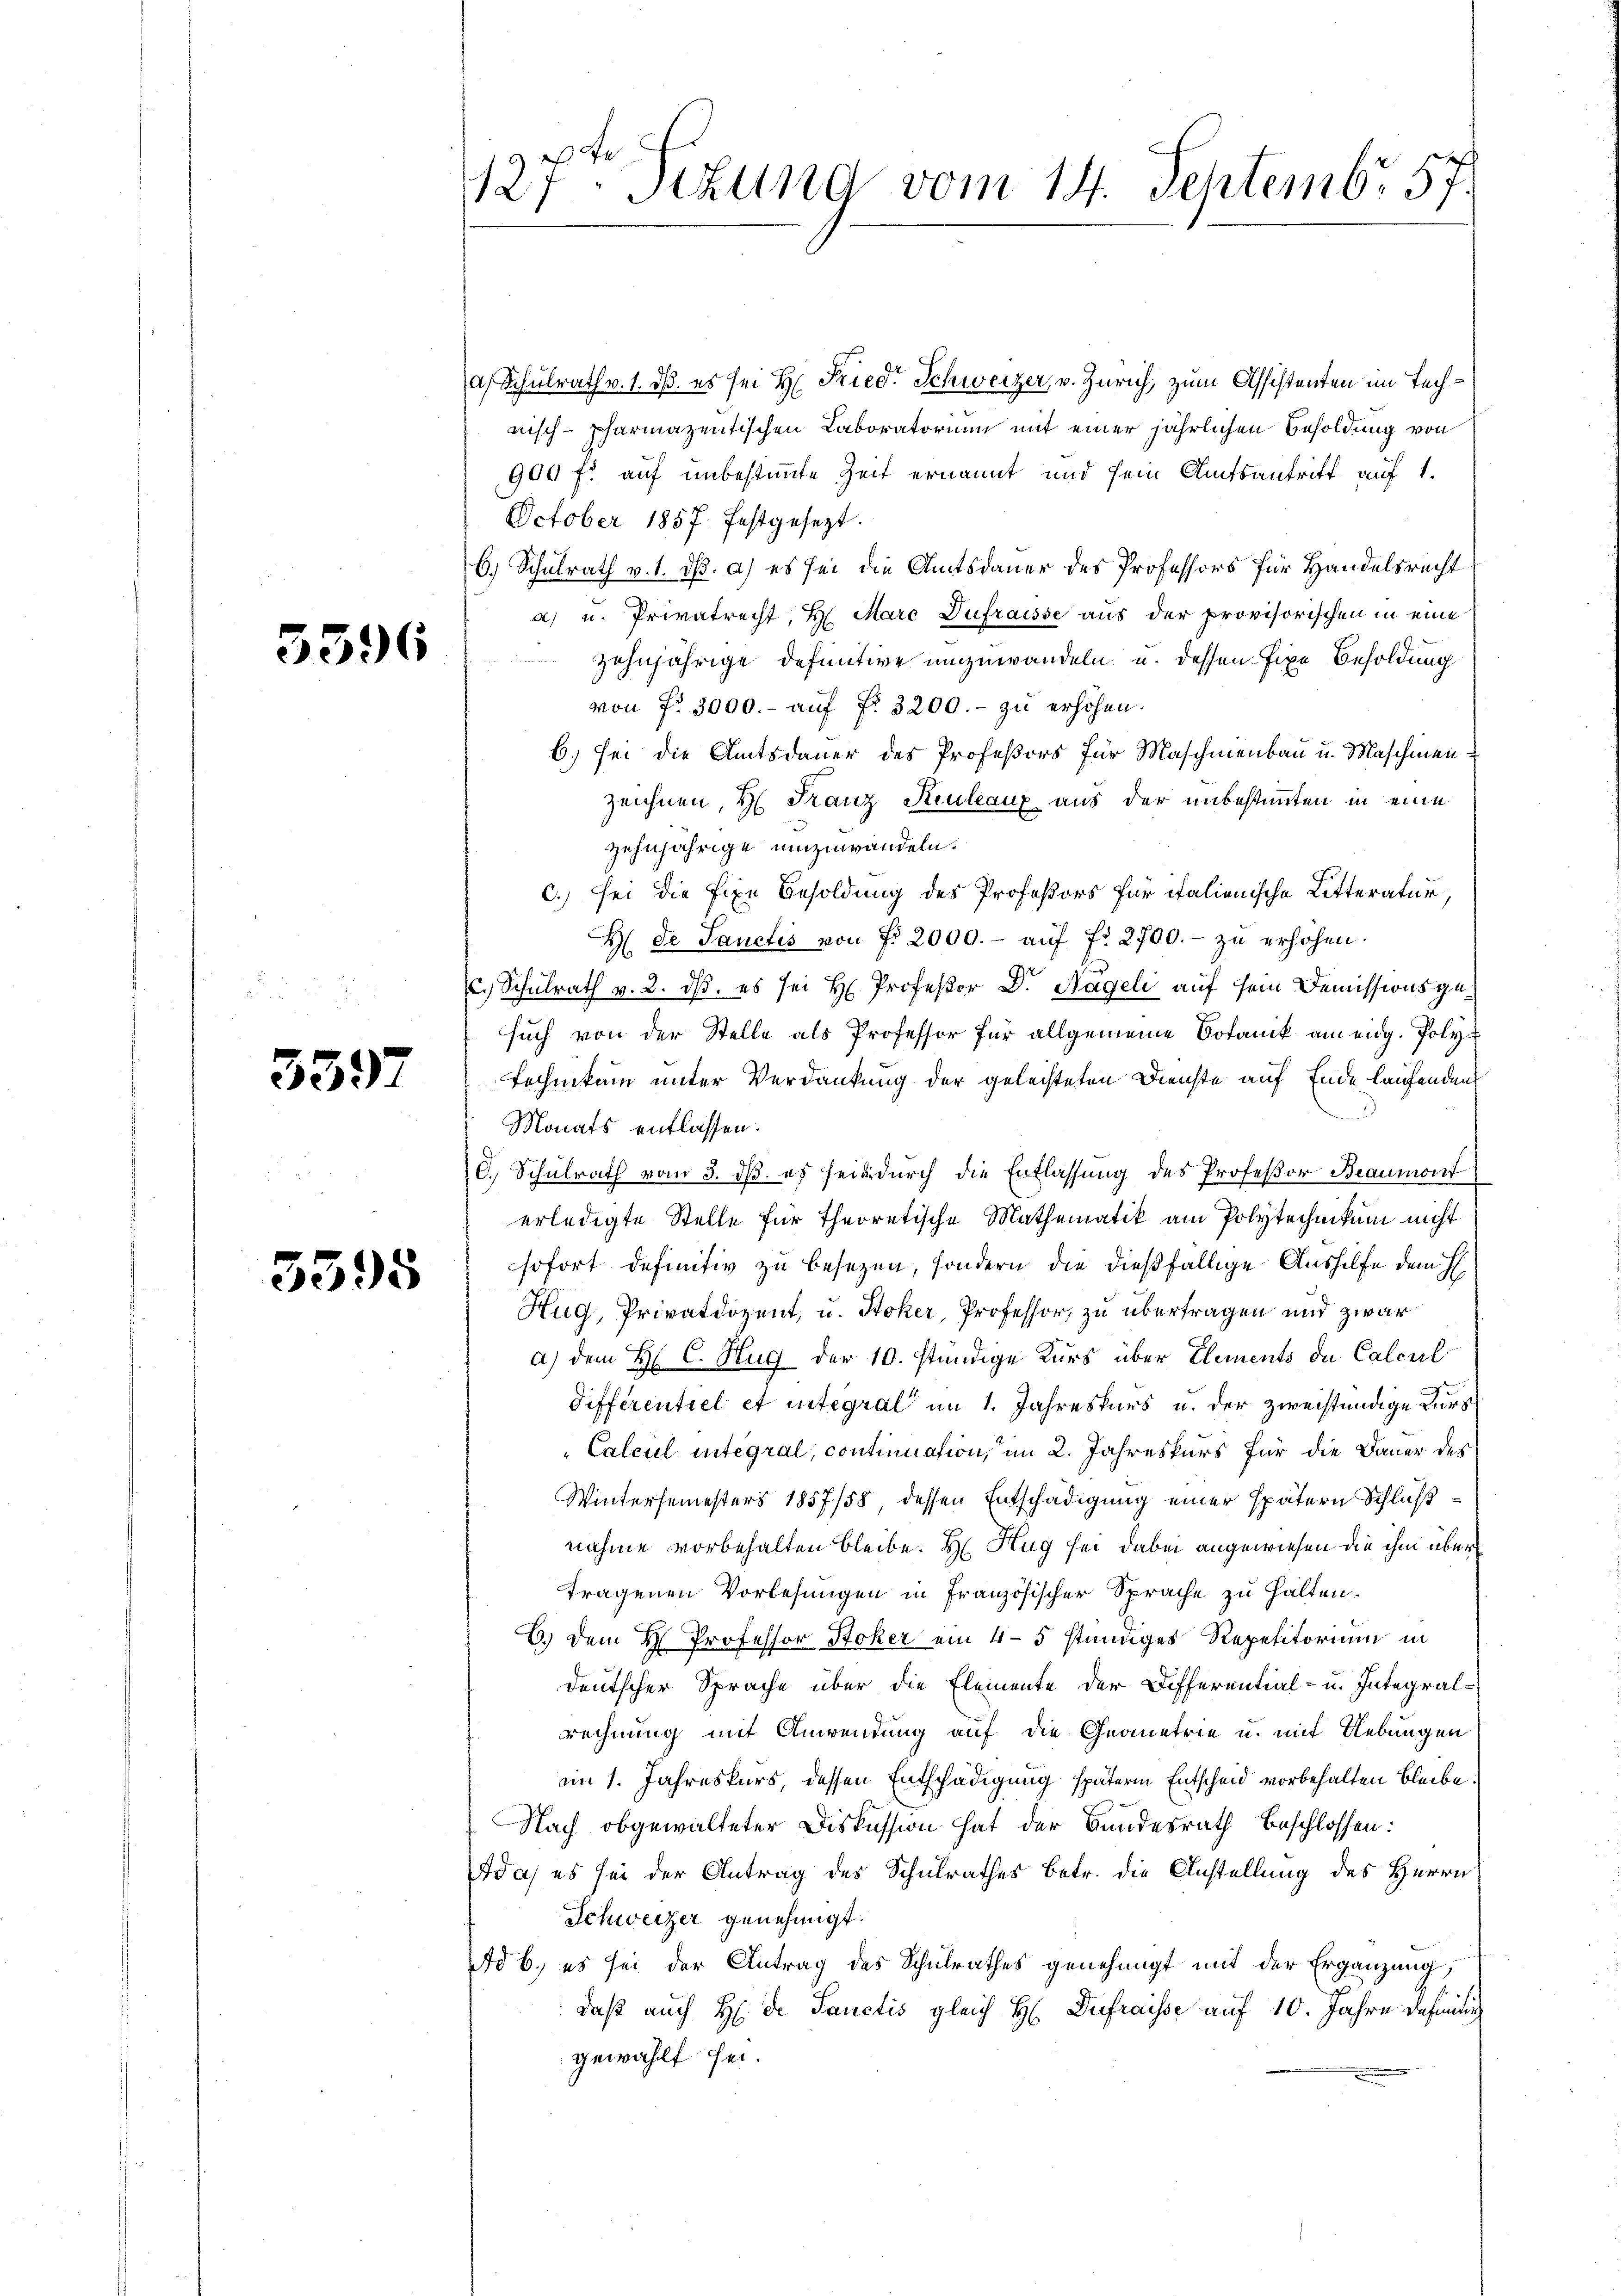
3396

3397

5395

127. Sitzung vom 14. Septembr. 57.

a) Schulrath v. 1. d. es sei Hr. Fried. Schweizer, v. Zürich, zum Assistenten im Technisch-pharmazentischen Laboratorium mit einer jährlichen Besoldung von
900 fl auf unbestimmte Zeit ernannt und sein Amtsantritt auf 1.
October 1857 festgesezt.
6.) Schulrath v. 1. dß. a) es sei die Amtsdauer des Professors für Handelsrecht
a) u. Privatrecht, H. Marc Dufraisse aus der provisorischen in eine
zehnjährige definitive umzuwandeln u. dessen fixe Besoldung
von fr. 3000.- aŭf fr. 3200.- zŭ erhöhen.
6.) Sei die Amtsdauer des Profeßors für Maschinenbau u. Maschinen
zeichnen, H. Franz Keuleaux aus der unbestimmten in eine
zehnjährige umzuwandeln.
c.) sei die fixe Besoldung des Profeßors für italienische Litteratur
H. de Sanctis von No 2000.- aŭf fr. 2700.- zŭ erhöhen.
c. Schulrath v. 2. ds. es sei H. Professor Dr. Nageli auf sein Demissionsgesuch von der Stelle als Professor für allgemeine Botanik am eidg. Poly¬
Technikum unter Verdankung der geleisteten Dienste auf Ende laufenden
Monats entlassen.
C. Schulrath vom 3. dß es heid durch die Entlassung des Professor Beaumont
erledigte Stelle für theoretische Mathematik am Polytechnikum nicht
sofort definitiv zu besezen, sondern die dießfällige Aushilfe dem H
Hug, Privatdozent, u. Stoker, Professor, zu übertragen und zwar
a) dem H C. Hug der 10. ständige Kurs über Elements de Calcul
Differentiel et integral im 1. Jahreskurs u. der zweistündige Kurz
"Calcul integral, contimation, im 2. Jahreskurs für die Dauer des
Wintersemesters 1857/58, dessen Entschädigung einer spätern Schlußnahme vorbehalten bleibe. H. Hug sei dabei angewiesen die ihm über
tragenen Vorlesungen in Französischer Sprache zu halten.
C.) Dem H. Professor Stoker ein 4-5 ständiges Repetitorium in
deutscher Sprache über die Elemente der Differential- u. Integralrechnung mit Anwendung auf die Geometrie u. mit Uebungen
im 1. Jahreskurs dessen Entschädigung spätern Entscheid vorbehalten bleibe
Nach obgewalteter Diskussion hat der Bundesrath beschlossen:
da es sei der Antrag des Schulrathes Betr. die Anstellung des Herrn
Schweizer genehmigt.
Ad b., es sei der Antrag des Schulrathes genehmigt mit der Ergänzung,
daß auch H: Dr. Sanctis gleich H. Dufraisse auf 10. Jahre dahint
gewählt sei.